Trukikaitis_Postimees, lk 68
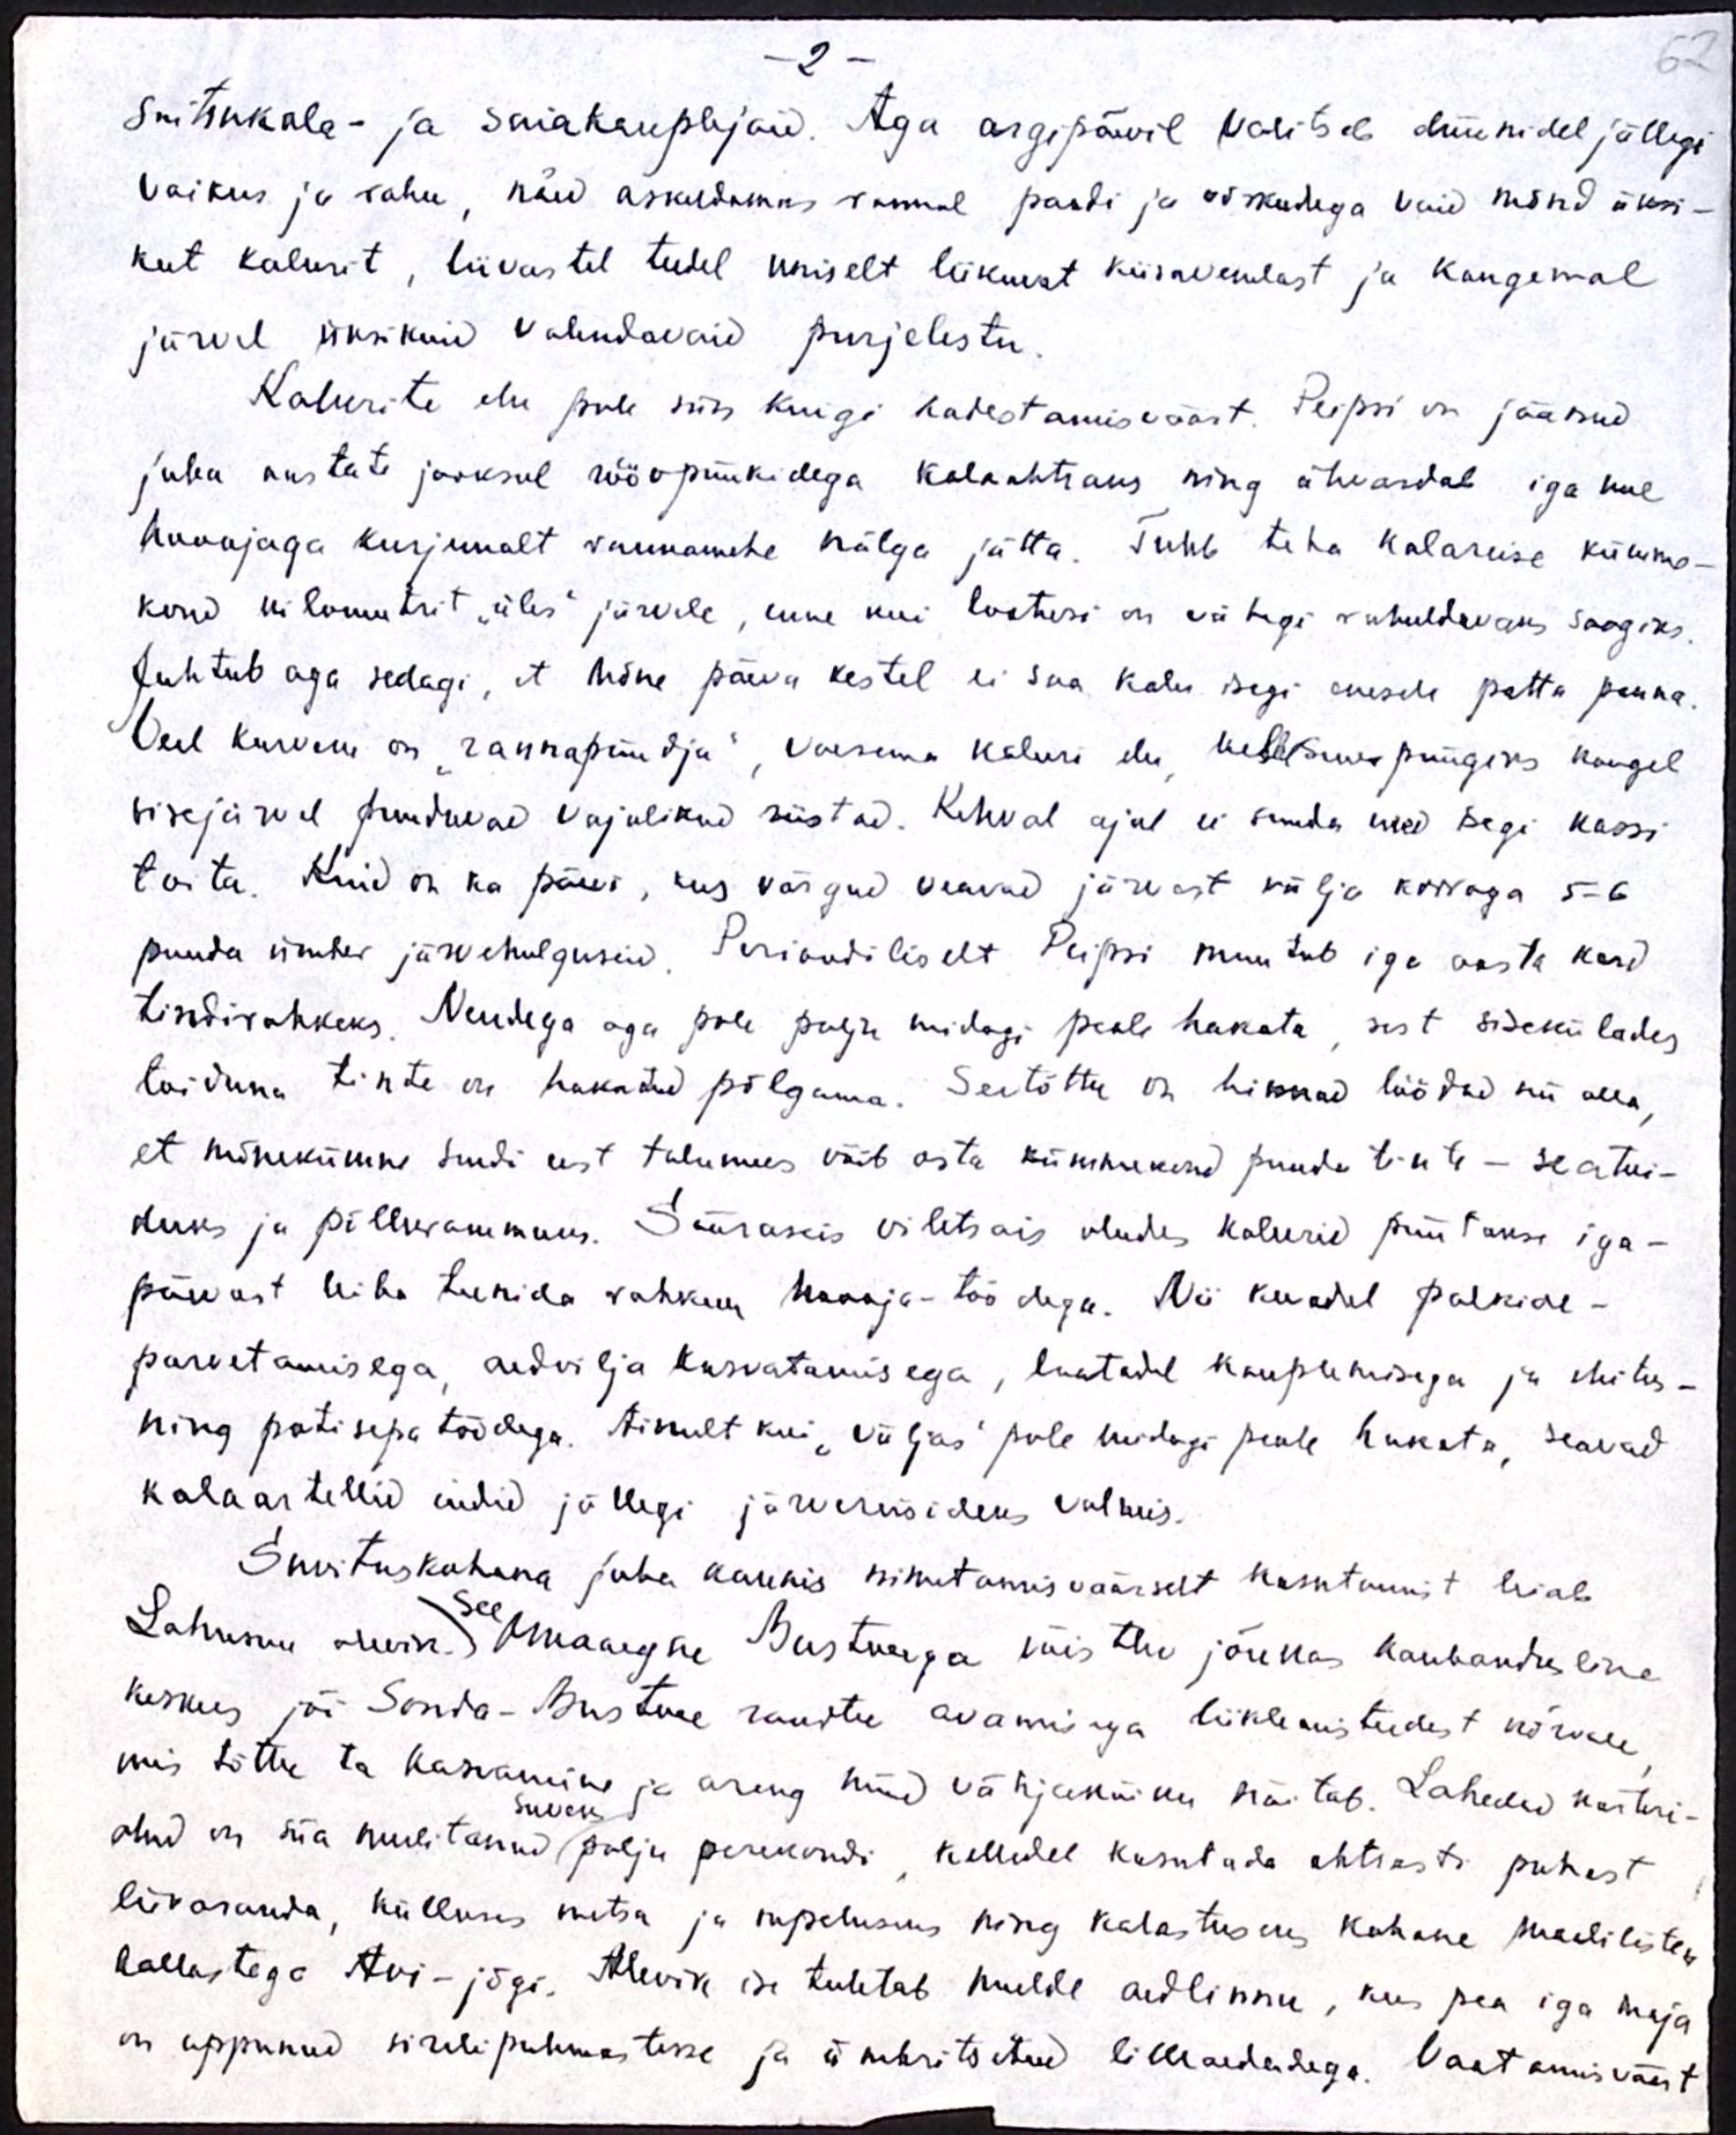
- 2 -
62
suitsukala- ja saiakauplejaid. Aga argipäevil valitseb düünidel jällegi
vaikus ja rahu, näed askeldamas rannal paadi ja võrkudega vaid mõnd üksi-
kut kalurit, liivastel teedel uniselt liikuwat kiisavenelast ja kaugemal
järvel üksikuid valendavaid purjelestu
Kalurite elu pole siin kuigi kadestamisväärt. Peipsi on jäänud
juba aastate jooksul röövpüükidega kalaahtraks ning ähvardab iga uue
hooajaga kurjemalt rannamehe nälga jätta. Tuleb teha kalareise kümme-
kond kilomeetrit "üles" järvele, enne kui lootusi on vähegi rahuldavaks saagiks.
Juhtub aga sedagi, et mõne päeva kestel ei saa kalu isegi enese patta panna
Veel kurvem on "rannapüüdja", vaesema kaluri elu, kelle suur püügiks kaugel
sisejärvel puuduvad vajalikud riistad. Kehval ajal ei suuda need isegi kassi
toita. Kuid on ka päev, kus võrgud veavad järvest välja korraga 5-6
puuda ümber järvehulguseid. Perioodiliselt Peipsi muutub iga aasta kord
tindirohkeks. Nendega aga pole palju midagi peale hakata, sest sisekülades
toiduna tinte on hakatud põlgama. Seetõttu on hinnad löödud nii alla,
et mõnekümne sendi eest talumees võib osta kümmekond puuda tinte - seatoi-
duks ja põllurammuks. Sääraseis viletsais oludes kalurid püütakse iga-
päevast leiba teenida rohkem hooaja-töödega. Nii kevadel palkide-
parvetamisega, aedvilja kasvatamisega, laatadel kauplemisega ja ehitus-
ning potisepa töödega. Ainult kui "väljas" pole midagi peale hakata, seavad
kalaartellid endid jällegi järvesõiduks valmis.
Suvituskohana juba kaunis nimetamisväärselt kasutamist leiab
Lohusuu alevik. Omaaegne Mustveega võistlev jõukas kaubandusline
See
keskus jäi Sonda-Mustvee raudtee avamisega lliklemisteedest kõrvale
mis tõttu ta kasvamine ja arung nüüd vähjakäiku näitab. Lahedad korteri-
suveks
olud on siia meelitanud palju perekondi, kelledel kasutada ohtrasti puhast
liivaranda, külluses metsa ja supeluseks ning kalastuseks kohane maaliliste
kallastega Avi-jõgi. Alevik ise tuletab meelde aedinna, kus pea iga maja
on uppunud sirelipuhmastesse ja ümbritsetud lilleaedadega. Vaatamisväärt